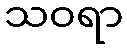
သဝရာ